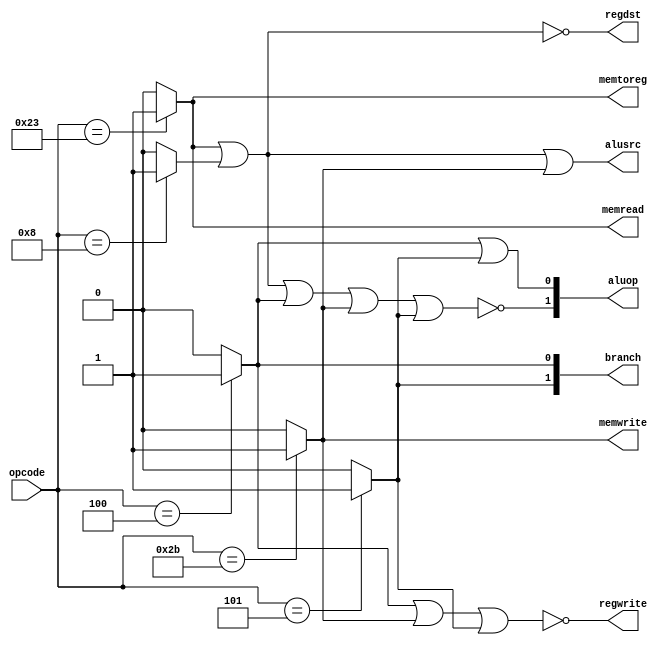
`ifndef _control
`define _control

`define BRANCH_BEQ 0
`define BRANCH_BNE 1

module control(
		input  wire	[5:0]	opcode,
		output wire 		regdst, memread, memtoreg,
		output wire [1:0]	branch,
		output wire [1:0]	aluop,
		output wire			memwrite, alusrc, regwrite);

	reg oc_lw, oc_addi, oc_beq, oc_sw, oc_bne, oc_add;
	always @(*) begin
		oc_lw   <= 1'b0;
		oc_addi <= 1'b0;
		oc_beq  <= 1'b0;
		oc_sw   <= 1'b0;
		oc_bne  <= 1'b0;
		oc_add  <= 1'b0;
		case (opcode)
			6'b100011: oc_lw   <= 1'b1;	/* lw */
			6'b001000: oc_addi <= 1'b1;	/* addi */
			6'b000100: oc_beq  <= 1'b1;	/* beq */
			6'b101011: oc_sw   <= 1'b1;	/* sw */
			6'b000101: oc_bne  <= 1'b1;	/* bne */
			6'b000000: oc_add  <= 1'b1;	/* add */
		endcase
	end

	assign regdst = ~(oc_lw | oc_addi);

	assign branch[`BRANCH_BEQ] = oc_beq;
	assign branch[`BRANCH_BNE] = oc_bne;

	assign memread = oc_lw;

	assign memtoreg = oc_lw;

	assign aluop[0] = oc_beq | oc_bne;
	assign aluop[1] = ~(oc_lw | oc_addi | oc_beq | oc_sw | oc_bne);

	assign memwrite = oc_sw;

	assign alusrc = oc_lw | oc_addi | oc_sw;

	assign regwrite = ~(oc_beq | oc_sw | oc_bne);
endmodule

`endif